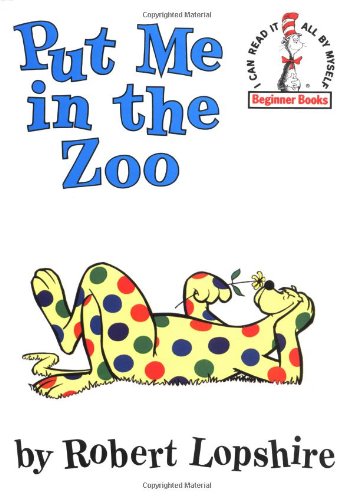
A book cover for Put Me in the Zoo  (I can read it all by myself' Beginner Books); Robert Lopshire; Children's Books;